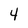
Character: 4